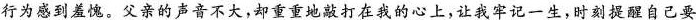
行为感到羞愧。父亲的声音不大，却重重地敲打在我的心上，让我牢记一生，时刻提醒自己要